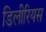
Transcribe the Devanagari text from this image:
डिलीरियस